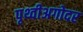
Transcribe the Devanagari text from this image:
पृथ्वीअगोदर